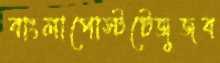
বাংলাপোস্টটেজুজব